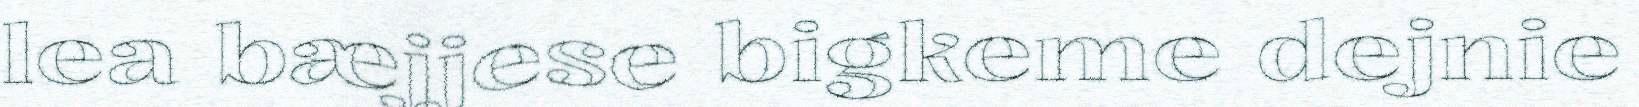
lea bæjjese bigkeme dejnie